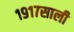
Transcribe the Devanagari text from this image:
१९१७साली